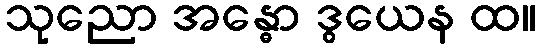
သုညော အန္ဓော ဒွယေန ထ။